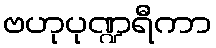
ဗဟုပုဏ္ဍရီကာ